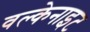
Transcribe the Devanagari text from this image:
वल्केनाइट